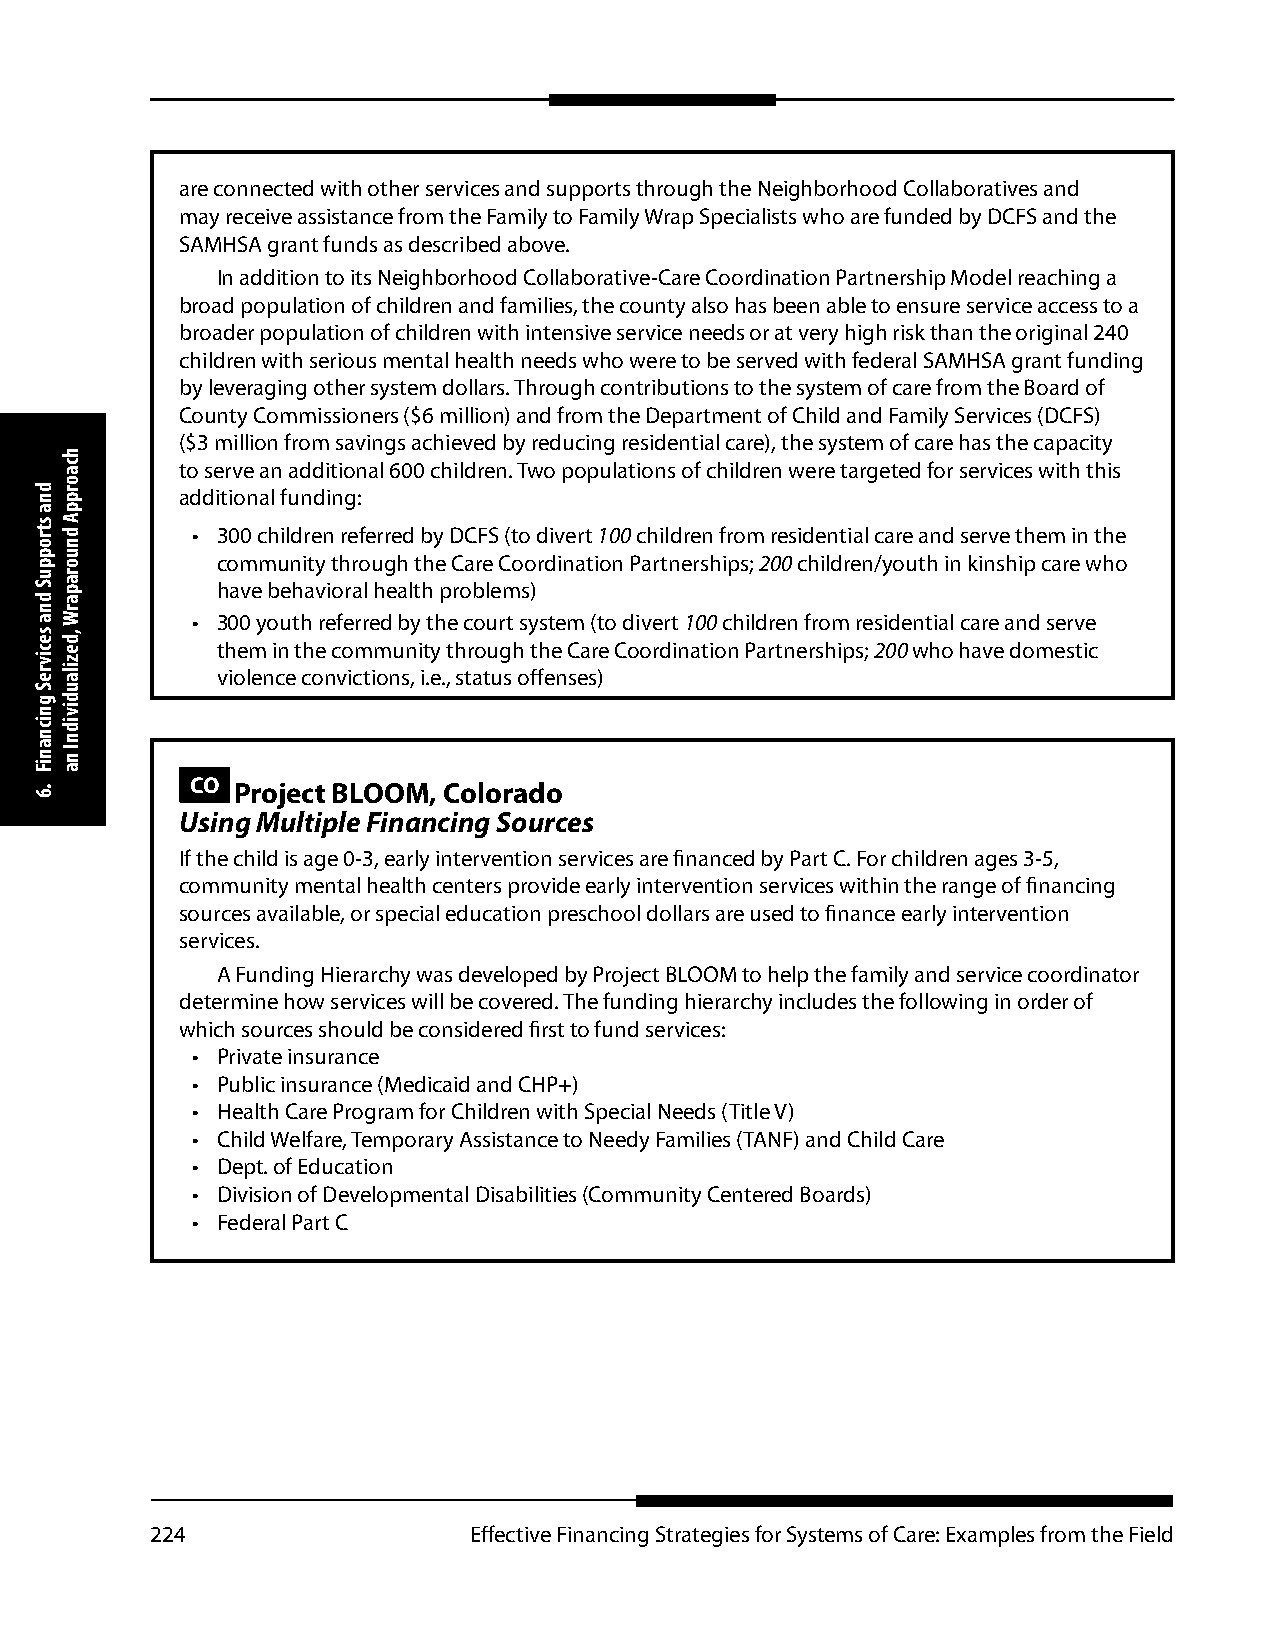
are connected with other services and supports through the Neighborhood Collaboratives and
 may receive assistance from the Family to Family Wrap Specialists who are funded by DCFS and the
 SAMHSA grant funds as described above.
 In addition to its Neighborhood Collaborative-Care Coordination Partnership Model reaching a
 broad population of children and families, the county also has been able to ensure service access to a
 broader population of children with intensive service needs or at very high risk than the original 240
 children with serious mental health needs who were to be served with federal SAMHSA grant funding
 by leveraging other system dollars. Through contributions to the system of care from the Board of
 County Commissioners ($6 million) and from the Department of Child and Family Services (DCFS)
 ($3 million from savings achieved by reducing residential care), the system of care has the capacity
 to serve an additional 600 children. Two populations of children were targeted for services with this
 additional funding:
 • 300 children referred by DCFS (to divert 100 children from residential care and serve them in the
 community through the Care Coordination Partnerships; 200 children/youth in kinship care who
 have behavioral health problems)
 • 300 youth referred by the court system (to divert 100 children from residential care and serve
 them in the community through the Care Coordination Partnerships; 200 who have domestic
 violence convictions, i.e., status offenses)
 CO Project BLOOM, Colorado
 Using Multiple Financing Sources
 If the child is age 0-3, early intervention services are financed by Part C. For children ages 3-5,
 community mental health centers provide early intervention services within the range of financing
 sources available, or special education preschool dollars are used to finance early intervention
 services.
 A Funding Hierarchy was developed by Project BLOOM to help the family and service coordinator
 determine how services will be covered. The funding hierarchy includes the following in order of
 which sources should be considered first to fund services:
 • Private insurance
 • Public insurance (Medicaid and CHP+)
 • Health Care Program for Children with Special Needs (Title V)
 • Child Welfare, Temporary Assistance to Needy Families (TANF) and Child Care
 • Dept. of Education
 • Division of Developmental Disabilities (Community Centered Boards)
 • Federal Part C
 224                  Effective Financing Strategies for Systems of Care: Examples from the Field
 dna
 stroppuS
 dna
 secivreS
 gnicnaniF
 .6
 hcaorppA
 dnuoraparW
 ,dezilaudividnI
 na